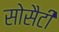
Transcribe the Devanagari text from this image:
सोसैटी